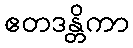
ဧတဒန္တိကာ